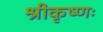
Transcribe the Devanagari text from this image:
श्रीकृष्णः